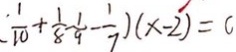
\frac { 1 } { 1 0 } + \frac { 1 } { 8 } - \frac { 1 } { 9 } - \frac { 1 } { 7 } ) ( x - 2 ) = 0